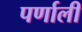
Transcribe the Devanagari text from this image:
पर्णाली